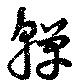
嚲